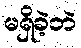
မရှိခဲ့ဘဲ